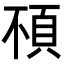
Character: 𩑢